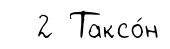
2 Таксо́н